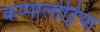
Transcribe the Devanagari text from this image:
कप्पालोट्टिया